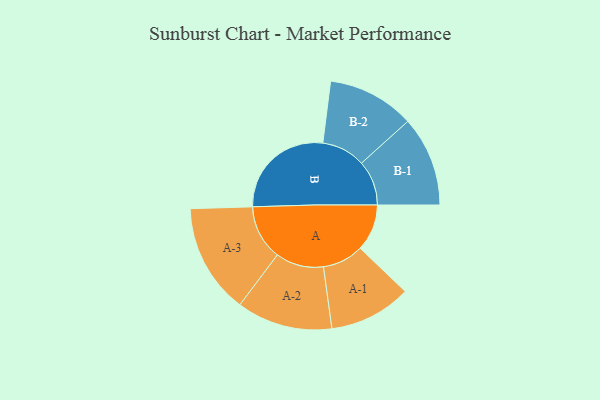
{"axis": {"x": "Segment", "y": "Value"}, "legend": ["", "A", "B"], "data": [{"x": "A", "y": 207, "type": ""}, {"x": "B", "y": 468, "type": ""}, {"x": "A-1", "y": 182, "type": "A"}, {"x": "A-2", "y": 212, "type": "A"}, {"x": "A-3", "y": 243, "type": "A"}, {"x": "B-1", "y": 199, "type": "B"}, {"x": "B-2", "y": 193, "type": "B"}]}